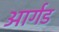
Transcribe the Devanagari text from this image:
आर्गड